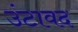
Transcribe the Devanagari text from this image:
उंटावद